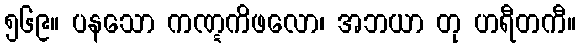
၅၆၉။ ပနသော ကဏ္ဋကိဖလော၊ အဘယာ တု ဟရီတကီ။